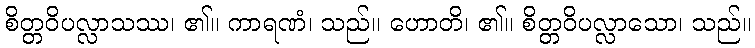
စိတ္တဝိပလ္လာသဿ၊ ၏။ ကာရဏံ၊ သည်။ ဟောတိ၊ ၏။ စိတ္တဝိပလ္လာသော၊ သည်။